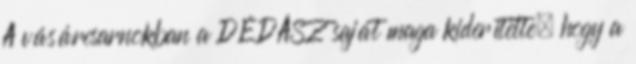
A vásárcsarnokban a DÉDÁSZ saját maga kiderítette, hogy a